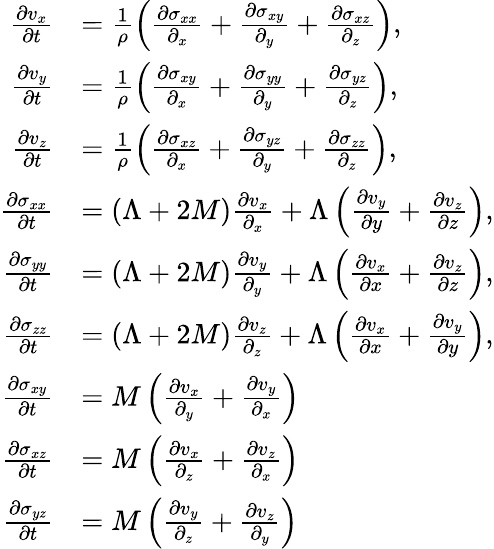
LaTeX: \begin{array}{rl}{\frac{\partial v_{x}}{\partial t}}&{=\frac{1}{\rho}\left(\frac{\partial\sigma_{xx}}{\partial_{x}}+\frac{\partial\sigma_{xy}}{\partial_{y}}+\frac{\partial\sigma_{xz}}{\partial_{z}}\right),}\\ {\frac{\partial v_{y}}{\partial t}}&{=\frac{1}{\rho}\left(\frac{\partial\sigma_{xy}}{\partial_{x}}+\frac{\partial\sigma_{yy}}{\partial_{y}}+\frac{\partial\sigma_{yz}}{\partial_{z}}\right),}\\ {\frac{\partial v_{z}}{\partial t}}&{=\frac{1}{\rho}\left(\frac{\partial\sigma_{xz}}{\partial_{x}}+\frac{\partial\sigma_{yz}}{\partial_{y}}+\frac{\partial\sigma_{zz}}{\partial_{z}}\right),}\\ {\frac{\partial\sigma_{xx}}{\partial t}}&{=(\Lambda+2M)\frac{\partial v_{x}}{\partial_{x}}+\Lambda\left(\frac{\partial v_{y}}{\partial y}+\frac{\partial v_{z}}{\partial z}\right),}\\ {\frac{\partial\sigma_{yy}}{\partial t}}&{=(\Lambda+2M)\frac{\partial v_{y}}{\partial_{y}}+\Lambda\left(\frac{\partial v_{x}}{\partial x}+\frac{\partial v_{z}}{\partial z}\right),}\\ {\frac{\partial\sigma_{zz}}{\partial t}}&{=(\Lambda+2M)\frac{\partial v_{z}}{\partial_{z}}+\Lambda\left(\frac{\partial v_{x}}{\partial x}+\frac{\partial v_{y}}{\partial y}\right),}\\ {\frac{\partial\sigma_{xy}}{\partial t}}&{=M\left(\frac{\partial v_{x}}{\partial_{y}}+\frac{\partial v_{y}}{\partial_{x}}\right)}\\ {\frac{\partial\sigma_{xz}}{\partial t}}&{=M\left(\frac{\partial v_{x}}{\partial_{z}}+\frac{\partial v_{z}}{\partial_{x}}\right)}\\ {\frac{\partial\sigma_{yz}}{\partial t}}&{=M\left(\frac{\partial v_{y}}{\partial_{z}}+\frac{\partial v_{z}}{\partial_{y}}\right)}\end{array}